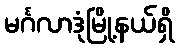
မင်္ဂလာဒုံမြို့နယ်ရှိ